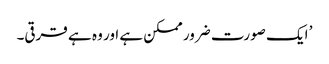
’ ایک صورت ضرور ممکن ہے اور وہ ہے قرقی۔